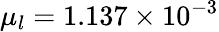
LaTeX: \mu_{l}=1.137\times 10^{-3}